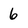
Character: 6